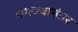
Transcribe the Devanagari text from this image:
धक्क्यानंतर